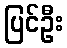
ပြင်ဦး